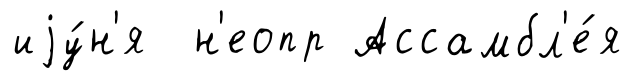
иjу́н'я н'еопр Ассамбл'е́я